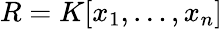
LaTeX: R=K[x_{1},\ldots,x_{n}]